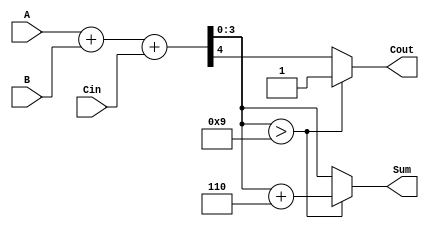
module BCD_Adder (
    input  wire [3:0] A,       // First BCD digit
    input  wire [3:0] B,       // Second BCD digit
    input  wire       Cin,      // Carry input
    output reg  [3:0] Sum,      // BCD Result
    output reg       Cout       // Carry output
);

// Internal signals
wire [4:0] S;                // 5-bit sum to accommodate carry
wire correction_needed;       // Signal to indicate if correction is needed

// Step 1: Perform binary addition
assign S = A + B + Cin;

// Step 2: Check if correction is needed (if S[3:0] > 9)
assign correction_needed = S[3:0] > 4'b1001;

// Step 3: BCD correction and output assignment
always @(*) begin
    if (correction_needed) begin
        Sum = S[3:0] + 4'b0110; // Add 6 for correction
        Cout = 1;               // Set carry out
    end else begin
        Sum = S[3:0];           // No correction needed
        Cout = S[4];            // Carry out from the addition
    end
end

endmodule